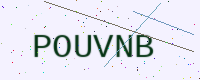
Text: POUVNB